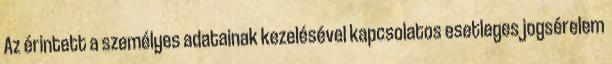
Az érintett a személyes adatainak kezelésével kapcsolatos esetleges jogsérelem